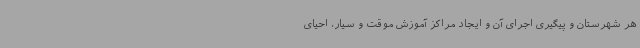
هر شهرستان و پیگیری اجرای آن و ایجاد مراکز آموزش موقت و سیار، احیای